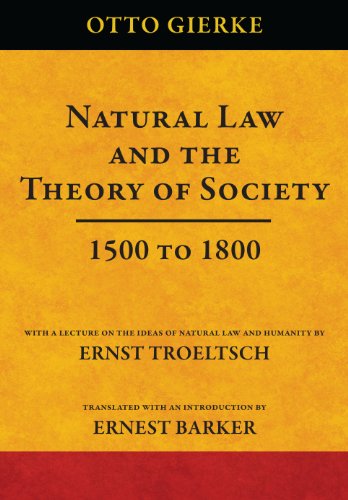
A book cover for Natural Law and the Theory of Society 1500 to 1800; Otto Gierke; Law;